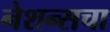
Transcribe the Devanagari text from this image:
नेशन्सचा